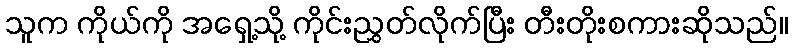
သူက ကိုယ်ကို အရှေ့သို့ ကိုင်းညွှတ်လိုက်ပြီး တီးတိုးစကားဆိုသည်။